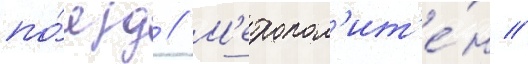
по́езд // М'етропол'ит'е́н //